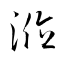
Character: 涖